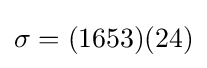
\sigma =(1653)(24)